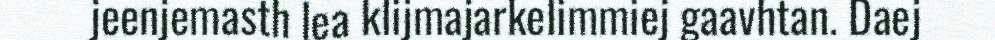
jeenjemasth lea klijmajarkelimmiej gaavhtan. Daej